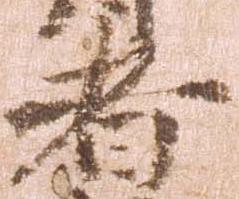
者